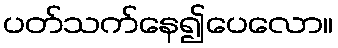
ပတ်သက်နေ၍ပေလော။